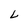
Character: L